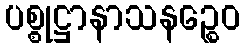
ပစ္စုဋ္ဌာနာသနဉ္စေဝ